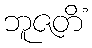
ဘူဇတိံ